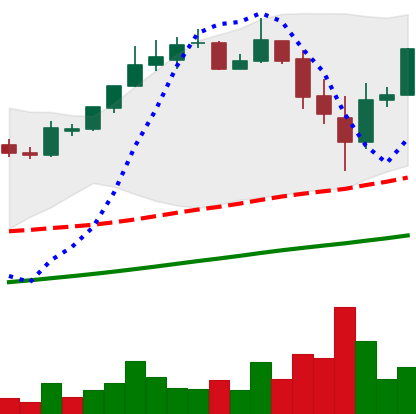
Ticker: BTC-USD
Chart end date: 2017-11-15
Forward return: 12.099%
Label: up_7plus